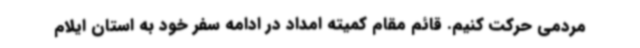
مردمی حرکت کنیم. قائم مقام کمیته امداد در ادامه سفر خود به استان ایلام